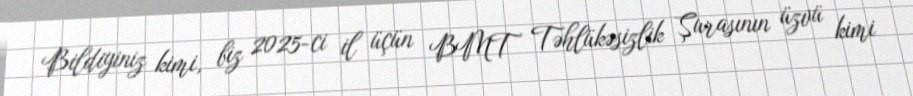
Bildiyiniz kimi, biz 2025-ci il üçün BMT Təhlükəsizlik Şurasının üzvü kimi